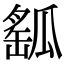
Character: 𤬍